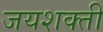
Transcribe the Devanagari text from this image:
जयशक्ती